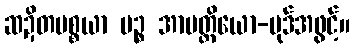
ဆဍိတပစ္စယာ ပဉ္စ အာပတ္တိယော-ပုဒ်အဖွင့်။